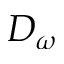
D _ { \omega }